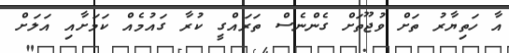
އާ ހަތިޔާރު ތަށް ވުޖޫތަށް ގެންނެސް ތަރައްގީ ކުރާ ގައުމެއް ކަމަށާއި އަލަށް